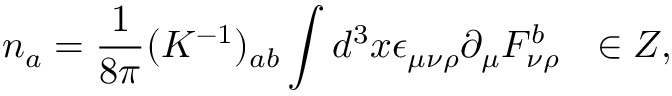
n _ { a } = \frac { 1 } { 8 \pi } ( K ^ { - 1 } ) _ { a b } \int d ^ { 3 } x \epsilon _ { \mu \nu \rho } \partial _ { \mu } F _ { \nu \rho } ^ { b } \ \ \in Z ,